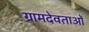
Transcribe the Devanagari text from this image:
ग्रामदेवताओं